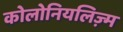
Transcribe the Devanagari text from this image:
कोलोनियलिज़्म